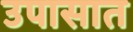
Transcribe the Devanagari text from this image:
उपासात